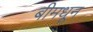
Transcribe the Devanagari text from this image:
बीमधून